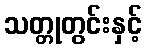
သတ္တုတွင်းနှင့်